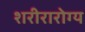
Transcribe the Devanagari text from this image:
शरीरारोग्य